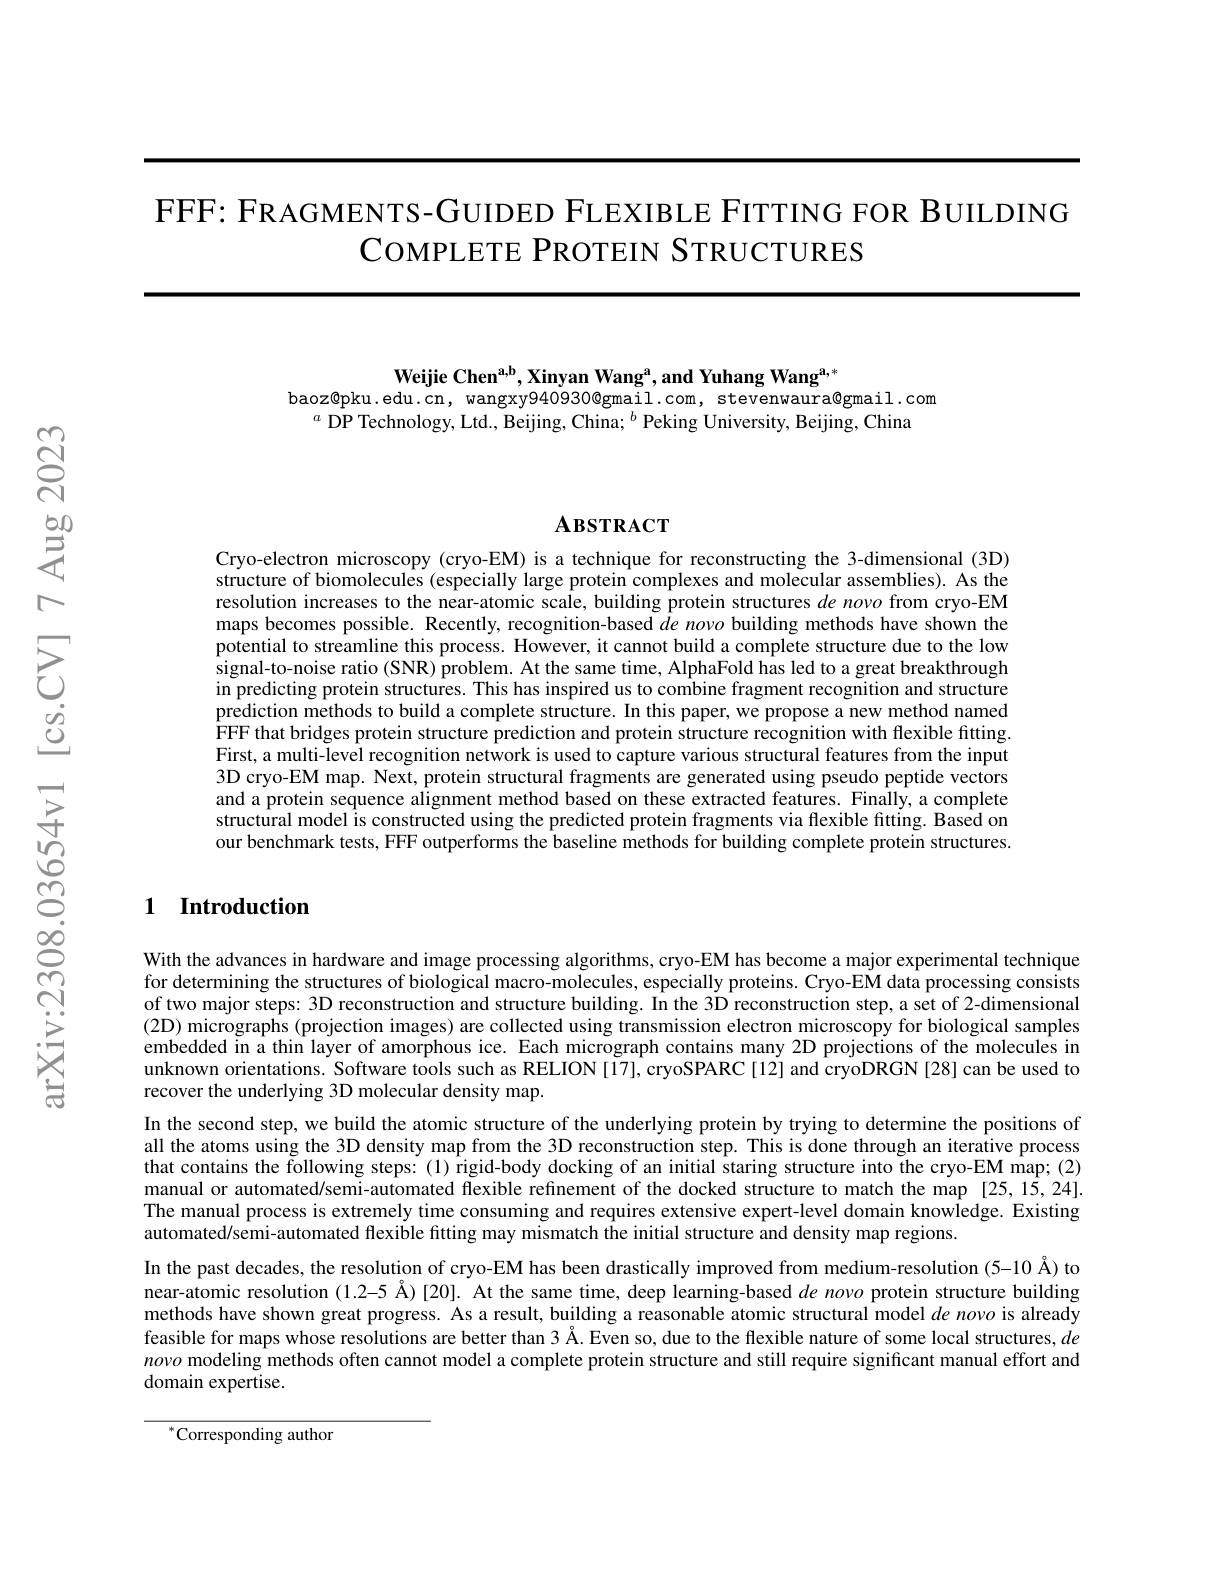
FFF: FRAGMENTS-GUIDED FLEXIBLE FITTING FOR BUILDING
COMPLETE PROTEIN STRUCTURES

Weijie Chen$^\mathrm{a,b}$,Xinyan Wang$^\mathrm{a}$,and Yuhang Wang$^\mathrm{a,*}$
baoz@pku.edu.cn, wangxy940930@gmail.com, stevenwaura@gmail.com
$^a\text{ DP Technology, Ltd., Beijing, China; }^b$ Peking University, Beijing, China

# $\mathbf{A}$взткаст

Cryo-electron microscopy (cryo-EM) is a technique for reconstructing the 3-dimensional (3D) structure of biomolecules (especially large protein complexes and molecular assemblies). As the resolution increases to the near-atomic scale, building protein structures de novo from cryo-EM maps becomes possible. Recently, recognition-based $de$ novo building methods have shown the potential to streamline this process. However, it cannot build a complete structure due to the low signal-to-noise ratio (SNR) problem. At the same time, AlphaFold has led to a great breakthrough in predicting protein structures. This has inspired us to combine fragment recognition and structure prediction methods to build a complete structure. In this paper, we propose a new method named FFF that bridges protein structure prediction and protein structure recognition with flexible fitting. First, a multi-level recognition network is used to capture various structural features from the input 3D cryo-EM map. Next, protein structural fragments are generated using pseudo peptide vectors and a protein sequence alignment method based on these extracted features. Finally, a complete structural model is constructed using the predicted protein fragments via flexible fitting. Based on our benchmark tests, FFF outperforms the baseline methods for building complete protein structures

## 1 Introduction

With the advances in hardware and image processing algorithms, cryo-EM has become a major experimental technique for determining the structures of biological macro-molecules, especially proteins. Cryo-EM data processing consists of two major steps: 3D reconstruction and structure building. In the 3D reconstruction step, a set of 2-dimensional (2D) micrographs (projection images) are collected using transmission electron microscopy for biological samples embedded in a thin layer of amorphous ice. Each micrograph contains many 2D projections of the molecules in unknown orientations. Software tools such as RELION [17], cryoSPARC [12] and cryoDRGN [28] can be used to recover the underlying 3D molecular density map.
In the second step, we build the atomic structure of the underlying protein by trying to determine the positions of all the atoms using the 3D density map from the 3D reconstruction step. This is done through an iterative process that contains the following steps: (1) rigid-body docking of an initial staring structure into the cryo-EM map; (2) manual or automated/semi-automated flexible refinement of the docked structure to match the map [25,15,24]. The manual process is extremely time consuming and requires extensive expert-level domain knowledge. Existing automated/semi-automated flexible fitting may mismatch the initial structure and density map regions.
In the past decades, the resolution of cryo-EM has been drastically improved from medium-resolution (5-10 Å) to near-atomic resolution (1.2-5 Å)[20]. At the same time, deep learning-based $de$ novo protein structure building methods have shown great progress. As a result, building a reasonable atomic structural model $de$ novo is already feasible for maps whose resolutions are better than 3 Å. Even so, due to the flexible nature of some local structures, $de$ novo modeling methods often cannot model a complete protein structure and still require significant manual effort and domain expertise.

$^{*}$Corresponding author